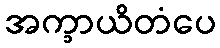
အက္ခာယိတံပေ